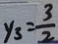
y _ { 3 } = \frac { 3 } { 2 }